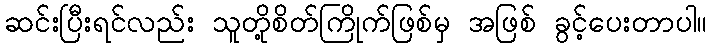
ဆင်းပြီးရင်လည်း သူတို့စိတ်ကြိုက်ဖြစ်မှ အဖြစ် ခွင့်ပေးတာပါ။